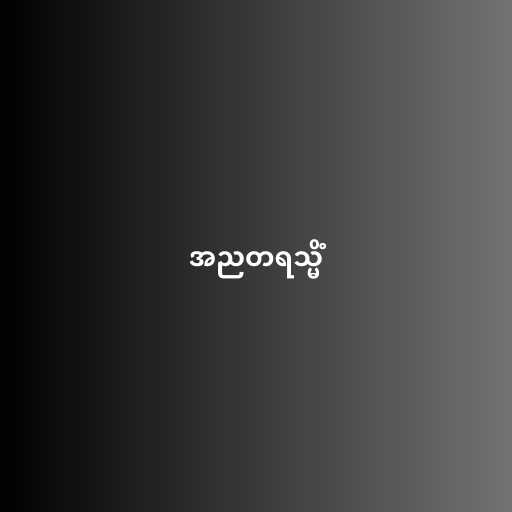
အညတရသ္မိံ